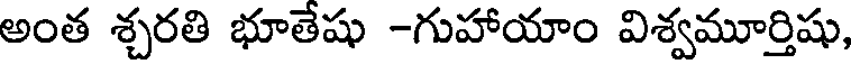
అంత శ్చరతి భూతేషు -గుహాయాం విశ్వమూర్తిషు,